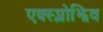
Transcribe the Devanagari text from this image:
एक्स्प्लोझिव